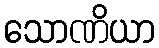
သောဏိယာ